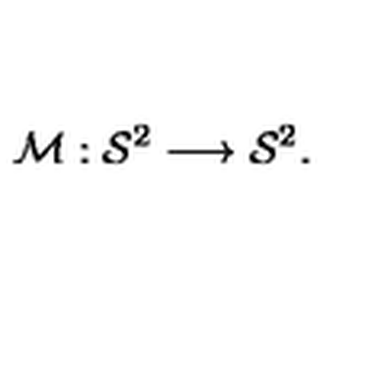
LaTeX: { \cal { M } } : { \cal { S } } ^ { 2 } \longrightarrow { \cal S } ^ { 2 } .